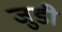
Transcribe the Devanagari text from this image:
जुडी